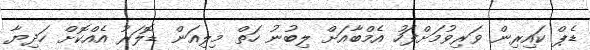
ޑެޕް ކައިރިން ވަރިވުމަށްފަހު އެމްބާއަށް ލިބުނު ހަތް މިލިއަން ޑޮލަރު އެއްކޮށް ހަދިޔާ